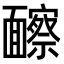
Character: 𩉐